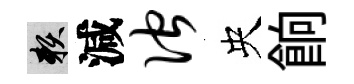
賴減伫央餉